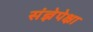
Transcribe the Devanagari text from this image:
संज्ञेपेक्षा